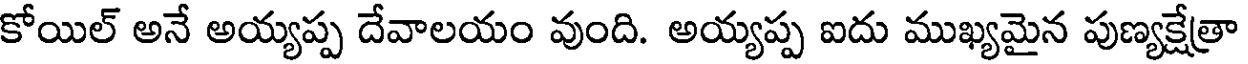
కోయిల్ అనే అయ్యప్ప దేవాలయం వుంది. అయ్యప్ప ఐదు ముఖ్యమైన పుణ్యక్షేత్రా